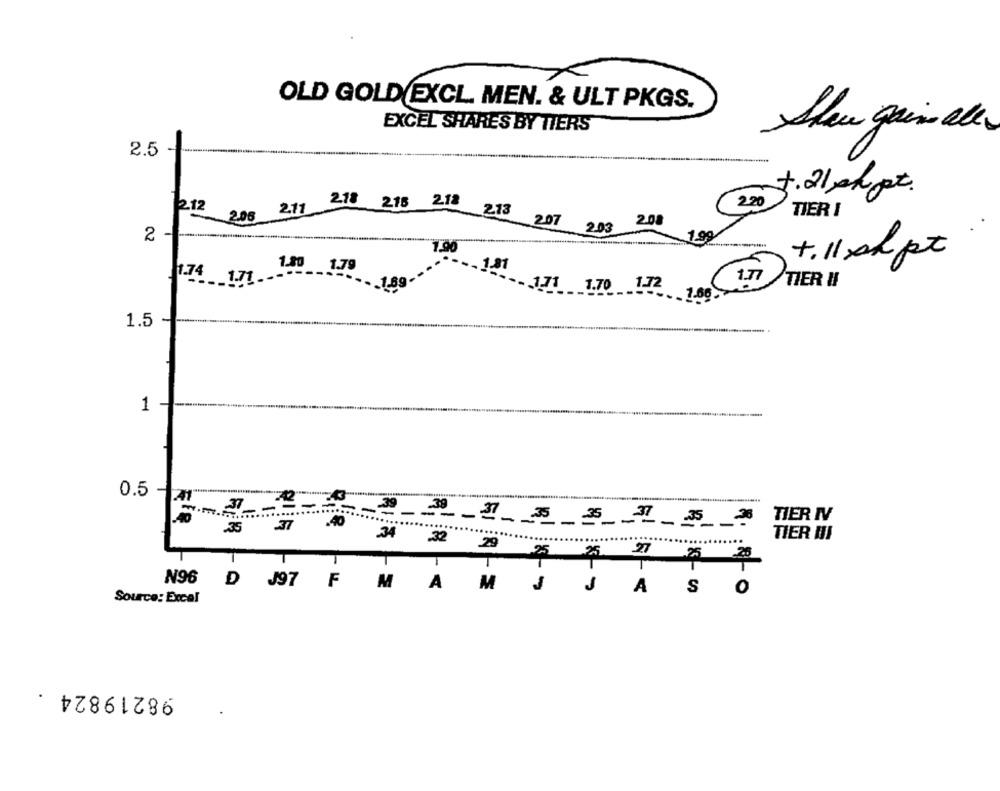
OLD GOLD EXCL. MEN. & ULT PKGS.
EXCEL SHARES BY TIERS
Slew gains alle
2.5
+.21 phpt.
2.12
220
2.11
TIER 1
2.08
2.18 215 213 213
2.08
207
2.03
1.00
2
1.90
+. 11 ph pt
1.80
1.79
- 1.81
11.74
1.7
71
TIER II
1.70 12 1.08.
1.5
1
0.5
72 **********
37
.39
.39
--
40
.40
3735 35 31 35 3
TIER IV
.35
.37
TIER III
.....
......
.34 32 29
Source: Excel
N96 D J97 F MAM J JAS O
98219824